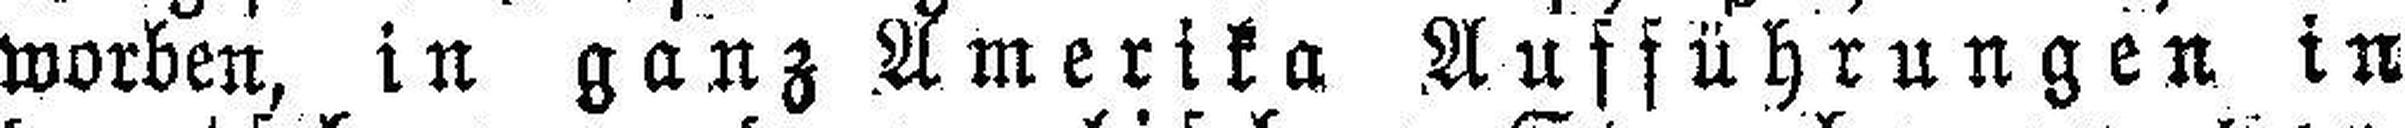
worben, in ganz Amerika Aufführungen in